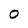
Character: O